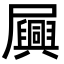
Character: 𫵪